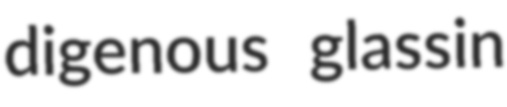
digenous glassin